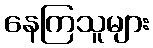
နေကြသူများ